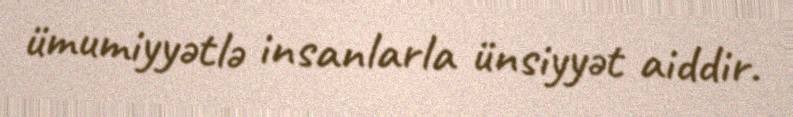
ümumiyyətlə insanlarla ünsiyyət aiddir.